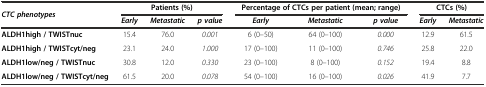
| CTC phenotypes | <COLSPAN=3> Patients (%) | <COLSPAN=3> Percentage of CTCs per patient (mean; range) | <COLSPAN=2> CTCs (%) |
 |  | Early | Metastatic | p value | Early | Metastatic | p value | Early | Metastatic |
 | --- | --- | --- | --- | --- | --- | --- | --- | --- |
 | ALDH1high / TWISTnuc | 15.4 | 76.0 | 0.001 | 6 (0–50) | 64 (0–100) | 0.000 | 12.9 | 61.5 |
 | ALDH1high / TWISTcyt/neg | 23.1 | 24.0 | 1.000 | 17 (0–100) | 11 (0–100) | 0.746 | 25.8 | 22.0 |
 | ALDH1low/neg / TWISTnuc | 30.8 | 12.0 | 0.330 | 23 (0–100) | 8 (0–100) | 0.152 | 19.4 | 8.8 |
 | ALDH1low/neg / TWISTcyt/neg | 61.5 | 20.0 | 0.078 | 54 (0–100) | 16 (0–100) | 0.026 | 41.9 | 7.7 |